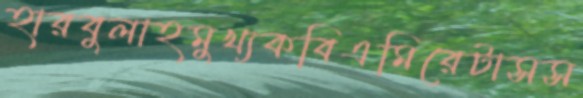
হারবুলাহমুখ্যকবিএমিরেটাসস